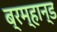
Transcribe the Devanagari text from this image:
ब्रम्हान्ड